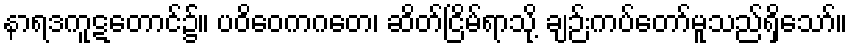
နာရဒကူဋတောင်၌။ ပဝိဝေကဂတေ၊ ဆိတ်ငြိမ်ရာသို့ ချဉ်းကပ်တော်မူသည်ရှိသော်။